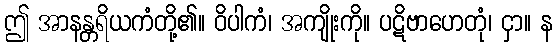
ဤ အာနန္တရိယကံတို့၏။ ဝိပါကံ၊ အကျိုးကို။ ပဋိဗာဟေတုံ၊ ငှာ။ န